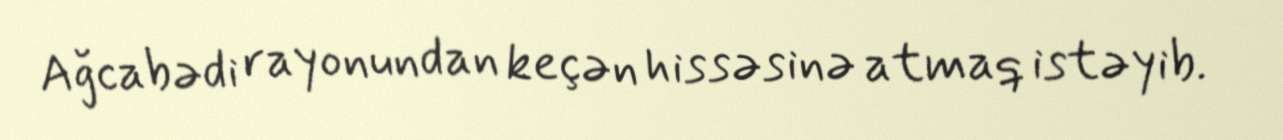
Ağcabədi rayonundan keçən hissəsinə atmaq istəyib.